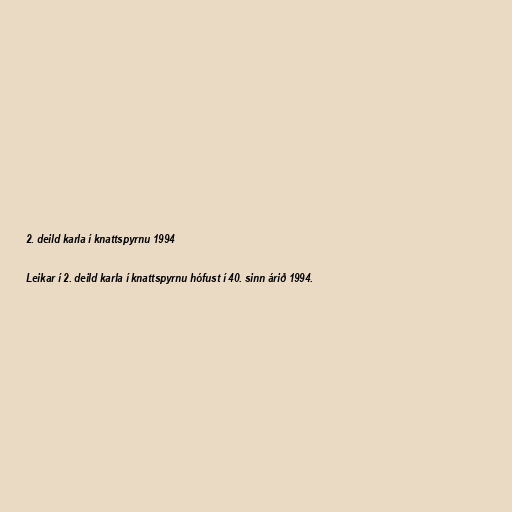
2. deild karla í knattspyrnu 1994

Leikar í 2. deild karla í knattspyrnu hófust í 40. sinn árið 1994.